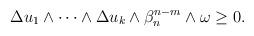
LaTeX: \begin{align*}\begin{aligned}\Delta u_1\wedge\dots\wedge\Delta u_k\wedge\beta_n^{n-m}\wedge\omega\geq 0.\end{aligned}\end{align*}